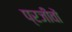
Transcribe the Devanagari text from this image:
प्रजीवों